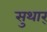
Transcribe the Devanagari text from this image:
सुथार्